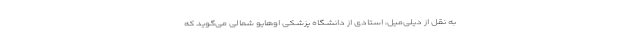
به نقل از دیلی‌میل، استادی از دانشگاه پزشکی اوهایو شمالی می‌گوید که